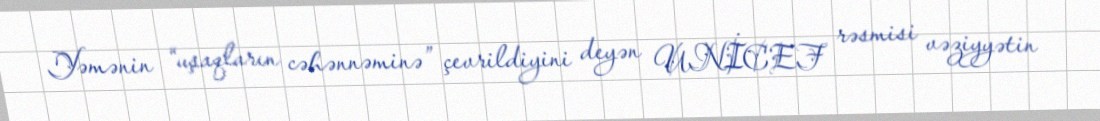
Yəmənin “uşaqların cəhənnəminə” çevrildiyini deyən UNİCEF rəsmisi vəziyyətin